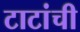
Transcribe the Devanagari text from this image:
टाटांची